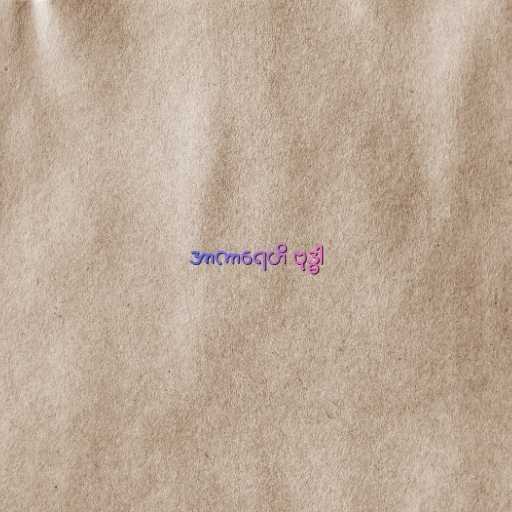
အာကာရေဟိ ဗုဒ္ဓါ